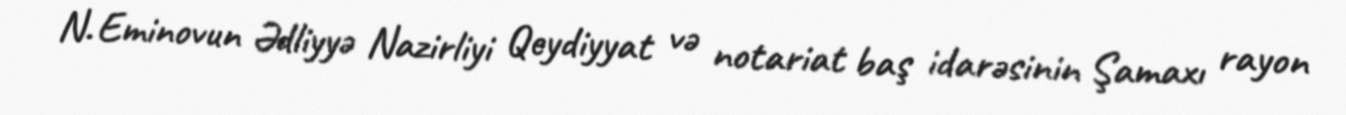
N. Eminovun Ədliyyə Nazirliyi Qeydiyyat və notariat baş idarəsinin Şamaxı rayon